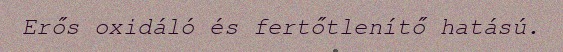
Erős oxidáló és fertőtlenítő hatású.